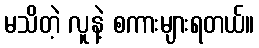
မသိတဲ့ လူနဲ့ စကားများရတယ်။